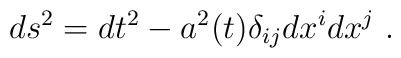
ds^2 = dt^2 - a^2(t) \delta_{ij} dx^i dx^j~.